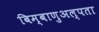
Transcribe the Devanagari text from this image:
बिम्बाणुअल्पता